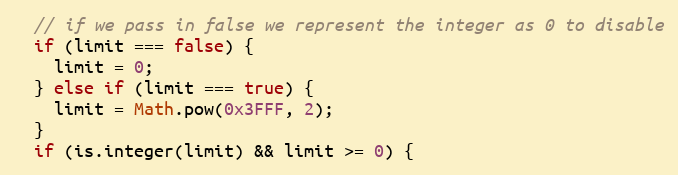
Language: JavaScript
  // if we pass in false we represent the integer as 0 to disable
  if (limit === false) {
    limit = 0;
  } else if (limit === true) {
    limit = Math.pow(0x3FFF, 2);
  }
  if (is.integer(limit) && limit >= 0) {